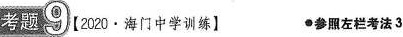
考题9[2020·海门中学训练】 参照左栏考法3